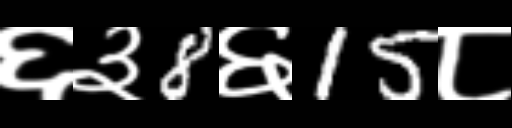
Text: ६३8६15८